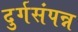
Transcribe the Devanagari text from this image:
दुर्गसंपन्न